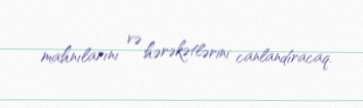
mahnılarını və hərəkətlərini canlandıracaq.